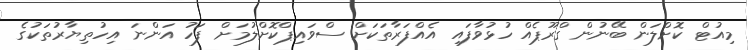
މިއުޓް ކޮށްލަން ބޭނުން ގްރޫޕެއް ހުޅުވާފައި އެއްފަރާތަކަށް ސްވައިޕްކޮށްލުމަށް ފަހު އަންނަ އިހުތިޔާރުތަކުގެ